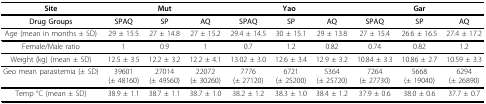
| Site | <COLSPAN=3> Mut | <COLSPAN=3> Yao | <COLSPAN=3> Gar |
 | --- | --- | --- | --- | --- | --- | --- | --- | --- | --- |
 | Drug Groups | SPAQ | SP | AQ | SPAQ | SP | AQ | SPAQ | SP | AQ |
 | Age (mean in months ± SD) | 29 ± 15.5 | 27 ± 14.8 | 27 ± 15.2 | 29.4 ± 14.5 | 30 ± 15.1 | 29 ± 13.8 | 27 ± 15.4 | 26.6 ± 16.5 | 27.4 ± 17.2 |
 | Female/Male ratio | 1 | 0.9 | 1 | 0.7 | 1.2 | 0.82 | 0.74 | 0.82 | 1.2 |
 | Weight (kg) (mean ± SD) | 12.5 ± 3.5 | 12.2 ± 3.2 | 12.2 ± 4.1 | 13.02 ± 3.0 | 12.6 ± 3.4 | 12.9 ± 3.2 | 10.84 ± 3.3 | 10.86 ± 2.7 | 10.59 ± 3.3 |
 | Geo mean parasitemia (± SD) | 39601(± 48160) | 27014(± 49560) | 22072(± 30260) | 7776(± 27120) | 6721(± 25200) | 5364(± 25720) | 7264(± 27730) | 5668(± 19040) | 6294(± 26890) |
 | Temp °C (mean ± SD) | 38.9 ± 1.1 | 38.7 ± 1.1 | 38.7 ± 1.0 | 38.2 ± 1.2 | 38.3 ± 1.0 | 38.4 ± 1.2 | 37.9 ± 0.6 | 38.0 ± 0.6 | 37.7 ± 0.7 |